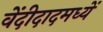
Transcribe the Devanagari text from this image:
वेंदीदादमध्यें